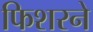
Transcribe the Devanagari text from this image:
फिशरने